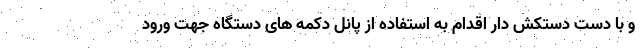
و با دست دستکش دار اقدام به استفاده از پانل دکمه های دستگاه جهت ورود